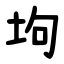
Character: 坸